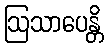
ဩသာပေန္တိ